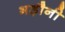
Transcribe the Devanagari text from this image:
भड़ौनी